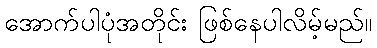
အောက်ပါပုံအတိုင်း ဖြစ်နေပါလိမ့်မည်။